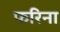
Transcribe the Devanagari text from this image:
फरिना